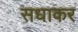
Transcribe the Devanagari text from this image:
सधाकर